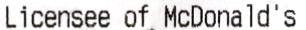
LICENSEE OF MCDONALD'S